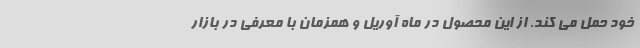
خود حمل می کند. از این محصول در ماه آوریل و همزمان با معرفی در بازار